Vaccination in Bombay 1869-1873 - 1869-1873
Year: 1869
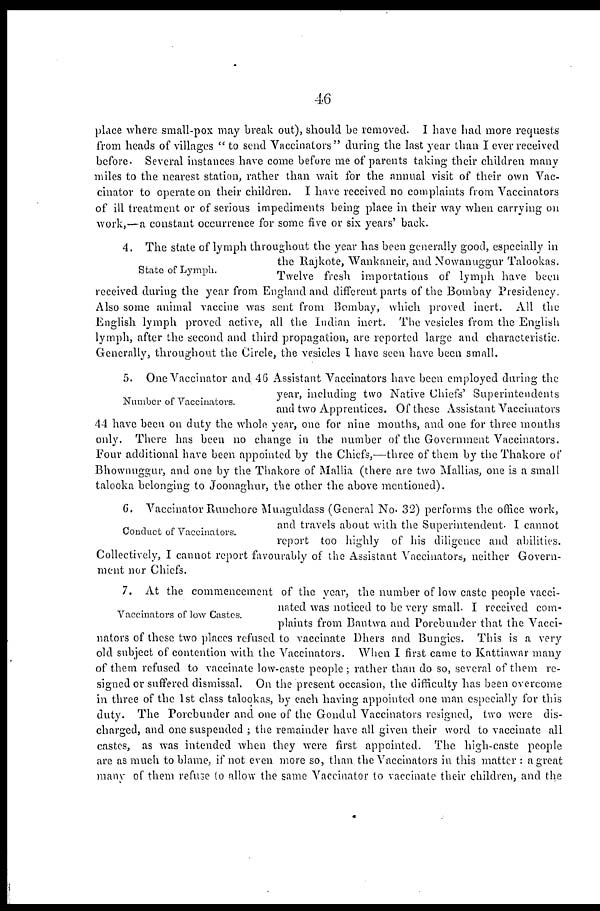
46
place where small-pox may break out), should be removed. I have had more requests
from heads of villages "to send Vaccinators" during the last year than I ever received
before. Several instances have come before me of parents taking their children many
miles to the nearest station, rather than wait for the annual visit of their own Vac-
cinator to operate on their children. I have received no complaints from Vaccinators
of ill treatment or of serious impediments being place in their way when carrying on
work,—a constant occurrence for some five or six years' back.
State of Lymph.
4. The state of lymph throughout the year has been generally good, especially in
the Rajkote, Wankaneir, and Nowanuggur Talookas.
Twelve fresh importations of lymph have been
received during the year from England and different parts of the Bombay Presidency.
Also some animal vaccine was sent from Bombay, which proved inert. All the
English lymph proved active, all the Indian inert. The vesicles from the English
lymph, after the second and third propagation, are reported large and characteristic.
Generally, throughout the Circle, the vesicles I have seen have been small.
Number of Vaccinators.
5. One Vaccinator and 46 Assistant Vaccinators have been employed during the
year, including two Native Chiefs' Superintendents
and two Apprentices. Of these Assistant Vaccinators
44 have been on duty the whole year, one for nine months, and one for three months
only. There has been no change in the number of the Government Vaccinators.
Four additional have been appointed by the Chiefs,—three of them by the Thakore of
Bhownuggur, and one by the Thakore of Mallia (there are two Mallias, one is a small
talooka belonging to Joonaghur, the other the above mentioned).
Conduct of Vaccinators.
6. Vaccinator Runchore Munguldass (General No. 32) performs the office work,
and travels about with the Superintendent. I cannot
report too highly of his diligence and abilities.
Collectively, I cannot report favourably of the Assistant Vaccinators, neither Govern-
ment nor Chiefs.
Vaccinators of low Castes.
7. At the commencement of the year, the number of low caste people vacci-
nated was noticed to be very small. I received com-
plaints from Bantwa and Porebuuder that the Vacci-
nators of these two places refused to vaccinate Dhers and Bungies. This is a very
old subject of contention with the Vaccinators. When I first came to Kattiawar many
of them refused to vaccinate low-caste people; rather than do so, several of them re-
signed or suffered dismissal. On the present occasion, the difficulty has been overcome
in three of the 1st class talookas, by each having appointed one man especially for this
duty. The Porcbunder and one of the Gondul Vaccinators resigned, two were dis-
charged, and one suspended ; the remainder have all given their word to vaccinate all
castes, as was intended when they were first appointed. The high-caste people
are as much to blame, if not even more so, than the Vaccinators in this matter : a great
many of them refuse to allow the same Vaccinator to vaccinate their children, and the